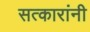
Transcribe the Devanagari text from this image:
सत्कारांनी